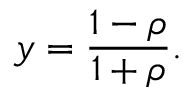
y = \frac { 1 - \rho } { 1 + \rho } .